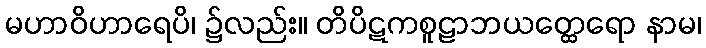
မဟာဝိဟာရေပိ၊ ၌လည်း။ တိပိဋကစူဠာဘယတ္ထေရော နာမ၊